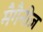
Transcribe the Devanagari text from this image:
मैगैनीज़